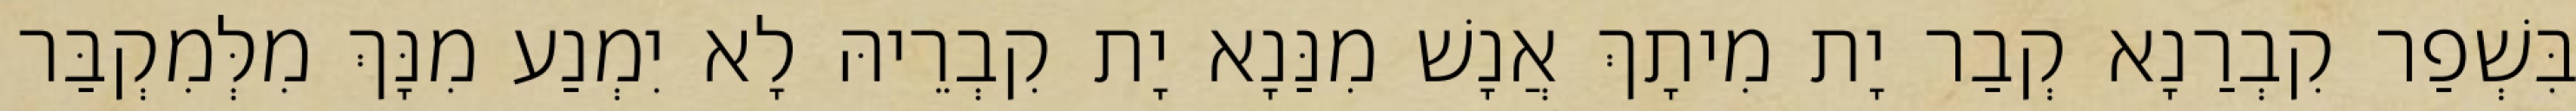
בִּשְׁפַר קִבְרַנָא קְבַר יָת מִיתָךְ אֲנָשׁ מִנַּנָא יָת קִבְרֵיהּ לָא יִמְנַע מִנָּךְ מִלְּמִקְבַּר